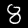
Label: 8